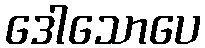
ဒေါသောပေ